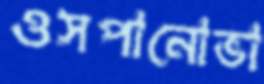
ওসপানোভা